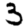
Digit: 3